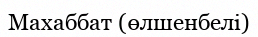
Махаббат (өлшенбелі)